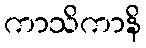
ကာသိကာနိ